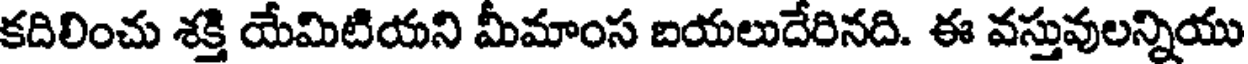
కదిలించు శక్తి యేమిటియని మీమాంస బయలుదేరినది. ఈ వస్తువులన్నియు